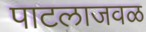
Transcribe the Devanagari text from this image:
पाटलाजवळ